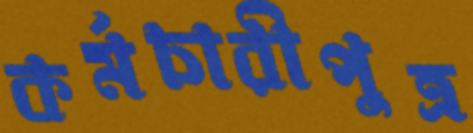
কর্মচারীপুত্র